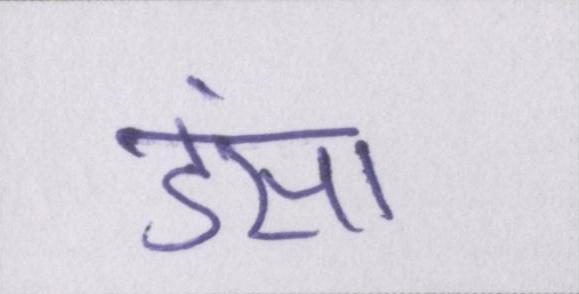
डंसा